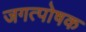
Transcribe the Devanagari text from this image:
जगत्पोषक